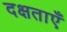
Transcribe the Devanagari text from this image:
दक्षताएँ